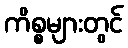
ကိစ္စများတွင်